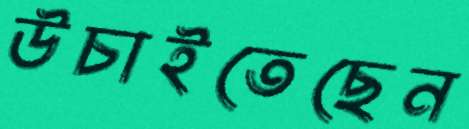
উচাইতেছেন